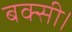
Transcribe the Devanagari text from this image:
बक्सी।